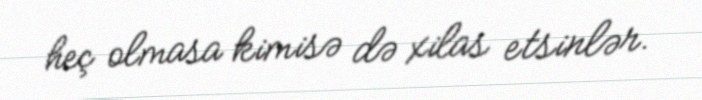
heç olmasa kimisə də xilas etsinlər.